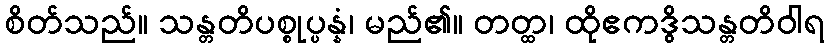
စိတ်သည်။ သန္တတိပစ္စုပ္ပန္နံ၊ မည်၏။ တတ္ထ၊ ထိုဧကဒွိသန္တတိဝါရ